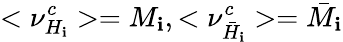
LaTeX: <\nu_{H_{\mathbf{i}}}^{c}>=M_{\mathbf{i}},<\nu_{\bar{{H}}_{\mathbf{i}}}^{c}>=\bar{{M}}_{\mathbf{i}}